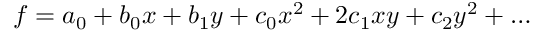
f = a _ { 0 } + b _ { 0 } x + b _ { 1 } y + c _ { 0 } x ^ { 2 } + 2 c _ { 1 } x y + c _ { 2 } y ^ { 2 } + \dots